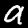
Label: 9